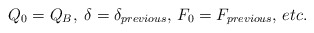
\begin{align*}Q_{0}=Q_{B},\;\delta =\delta _{previous},\,F_{0}=F_{previous},\,etc.\end{align*}